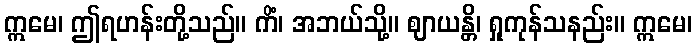
ဣမေ၊ ဤရဟန်းတို့သည်။ ကိံ၊ အဘယ်သို့။ ဈာယန္တိ၊ ရှုကုန်သနည်း။ ဣမေ၊